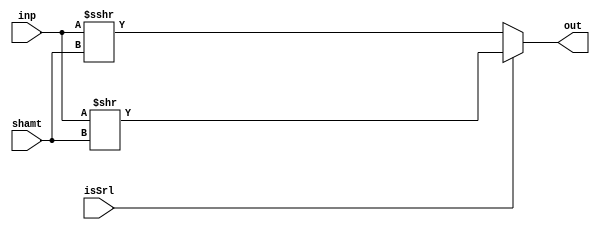
module ShiftRight(
                  input signed [31:0] inp,
                  input [4:0]         shamt,
                  input               isSrl,
                  output [31:0]       out
                  );

   assign out = (isSrl)? $signed(inp>>shamt):
                (inp>>>shamt);

endmodule